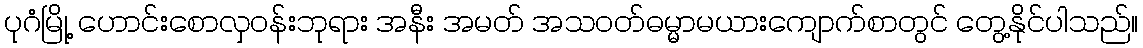
ပုဂံမြို့ ဟောင်းစောလှဝန်းဘုရား အနီး အမတ် အသဝတ်ဓမ္မာမယားကျောက်စာတွင် တွေ့နိုင်ပါသည်။